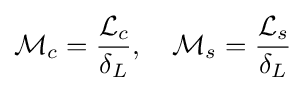
{\mathcal {M}}_{c}={\frac {{\mathcal {L}}_{c}}{\delta _{L}}},\quad {\mathcal {M}}_{s}={\frac {{\mathcal {L}}_{s}}{\delta _{L}}}